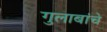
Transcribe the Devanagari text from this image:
गुलाबांचे